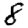
Digit: 8